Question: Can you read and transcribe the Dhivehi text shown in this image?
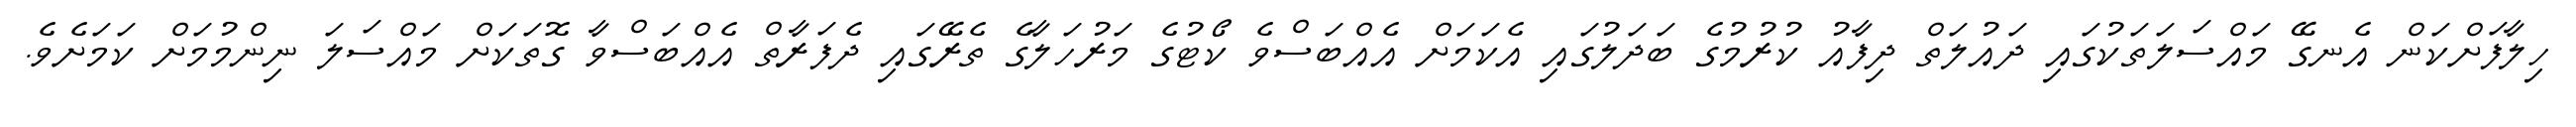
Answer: ހިލާފަށްކަން އެނގޭ މައްސަލަތަކުގައި ދައުލަތް ދިފާއު ކުރުމުގެ ބަދަލުގައި އެކަމަށް އެއްބަސްވެ ކޯޓުގެ މަރުހަލާގެ ތެރޭގައި ދެފަރާތް އެއްބަސްވާ ގޮތަކަށް މައްސަލަ ނިންމުމަށް ކަމަށެވެ.